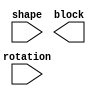
`timescale 1ns / 1ps
//////////////////////////////////////////////////////////////////////////////////
// Company: 
// Engineer: 
// 
// Design Name: 
// Module Name: makeshape
// Project Name: 
// Target Devices: 
// Tool Versions: 
// Description: 
// 
// Dependencies: 
// 
// Revision:
// Revision 0.01 - File Created
// Additional Comments:
// 
//////////////////////////////////////////////////////////////////////////////////


module makeshape(
input [2:0]shape, 
input rotation,
output reg [15:0] block
);


reg[15:0] tblock, zblock, sblock, jblock, lblock, oblock, iblock;
reg [15:0] t0,t1,t2,t3, z0,z1,z2,z3, s0,s1,s2,s3, j0,j1,j2,j3, l0,l1,l2,l3, o0, i0, i1 ;

always @ * 
begin
case(shape)
1: begin
t0 = 16'b1110010000000000;
t1 = 16'b0010011000100000;
t2 = 16'b0000010011100000;
t3 = 16'b1000110010000000;
    end

2: begin
z0 = 16'b1100011000000000;
z1 = 16'b0010011001000000;
z2 = 16'b0000110001100000;
z3 = 16'b0100110010000000;
    end
3: begin 
s0 = 16'b0110110000000000;
s1 = 16'b0100011000100000;
s2 = 16'b0000011011000000;
s3 = 16'b1000110001000000;
     end
4: begin
j0 = 16'b0100010011000000;
j1 = 16'b1000111000000000;
j2 = 16'b0110010001000000;
j3 = 16'b0000111000100000;
      end
5: begin
l0 = 16'b0100010011000000;
l1 = 16'b0000111010000000;
l2 = 16'b1100010001000000;
l3 = 16'b0010111000000000;
     end
6:o0 = 16'b1100110000000000;
7: begin
i0 = 16'b1000100010001000;
i1 = 16'b0000000011110000;
end
default: o0 = 16'b1100110000000000;
endcase
end

always @ *
begin
if (rotation == 2'b00)
	begin
	tblock <= t0;
	zblock <= z0;
	sblock <= s0;
	jblock <= j0;
	lblock <= l0;
	oblock <= o0;
	iblock <= i0;
	end
else if (rotation == 2'b01)
	begin
	tblock <= t1;
	zblock <= z1;
	sblock <= s1;
	jblock <= j1;
	lblock <= l1;
	oblock <= o0;
	iblock <= i1;
	end	
else if (rotation == 2'b10)
	begin 
	tblock <= t2;
	zblock <= z2;
	sblock <= s2;
	jblock <= j2;
	lblock <= l2;
	oblock <= o0;
	iblock <= i0;
	end	
else if (rotation == 2'b11)
	begin
	tblock <= t3;
	zblock <= z3;
	sblock <= s3;
	jblock <= j3;
	lblock <= l3;
	oblock <= o0;
	iblock <= i1;
	end
else
	begin
	tblock <= t0;
	zblock <= z0;
	sblock <= s0;
	jblock <= j0;
	lblock <= l0;
	oblock <= o0;
	iblock <= i0;
	end
end
endmodule